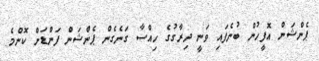
ޕެންޝަން އޮފީހުން ބުނެފައި ވަނީ ދިރާގުގެ ހިއްސާ ގަނެގެން ޕެންޝަން ފަންޑަށް ކޮންމެ